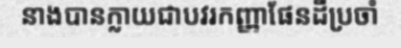
នាងបានក្លាយជាបវរកញ្ញាផែនដីប្រចាំ